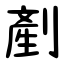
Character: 剷